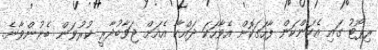
ރިޕޯޓު ގައި އެކަންކަން ފާހަގަކޮށް އެވާހަކަ ދައްކާ އެއަށް ޖަވާބުދާރީ ކުރުވަން ބެނުންވާނެ.